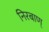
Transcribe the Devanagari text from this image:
निरबाण्